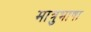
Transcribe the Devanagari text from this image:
मात्रुभाषा